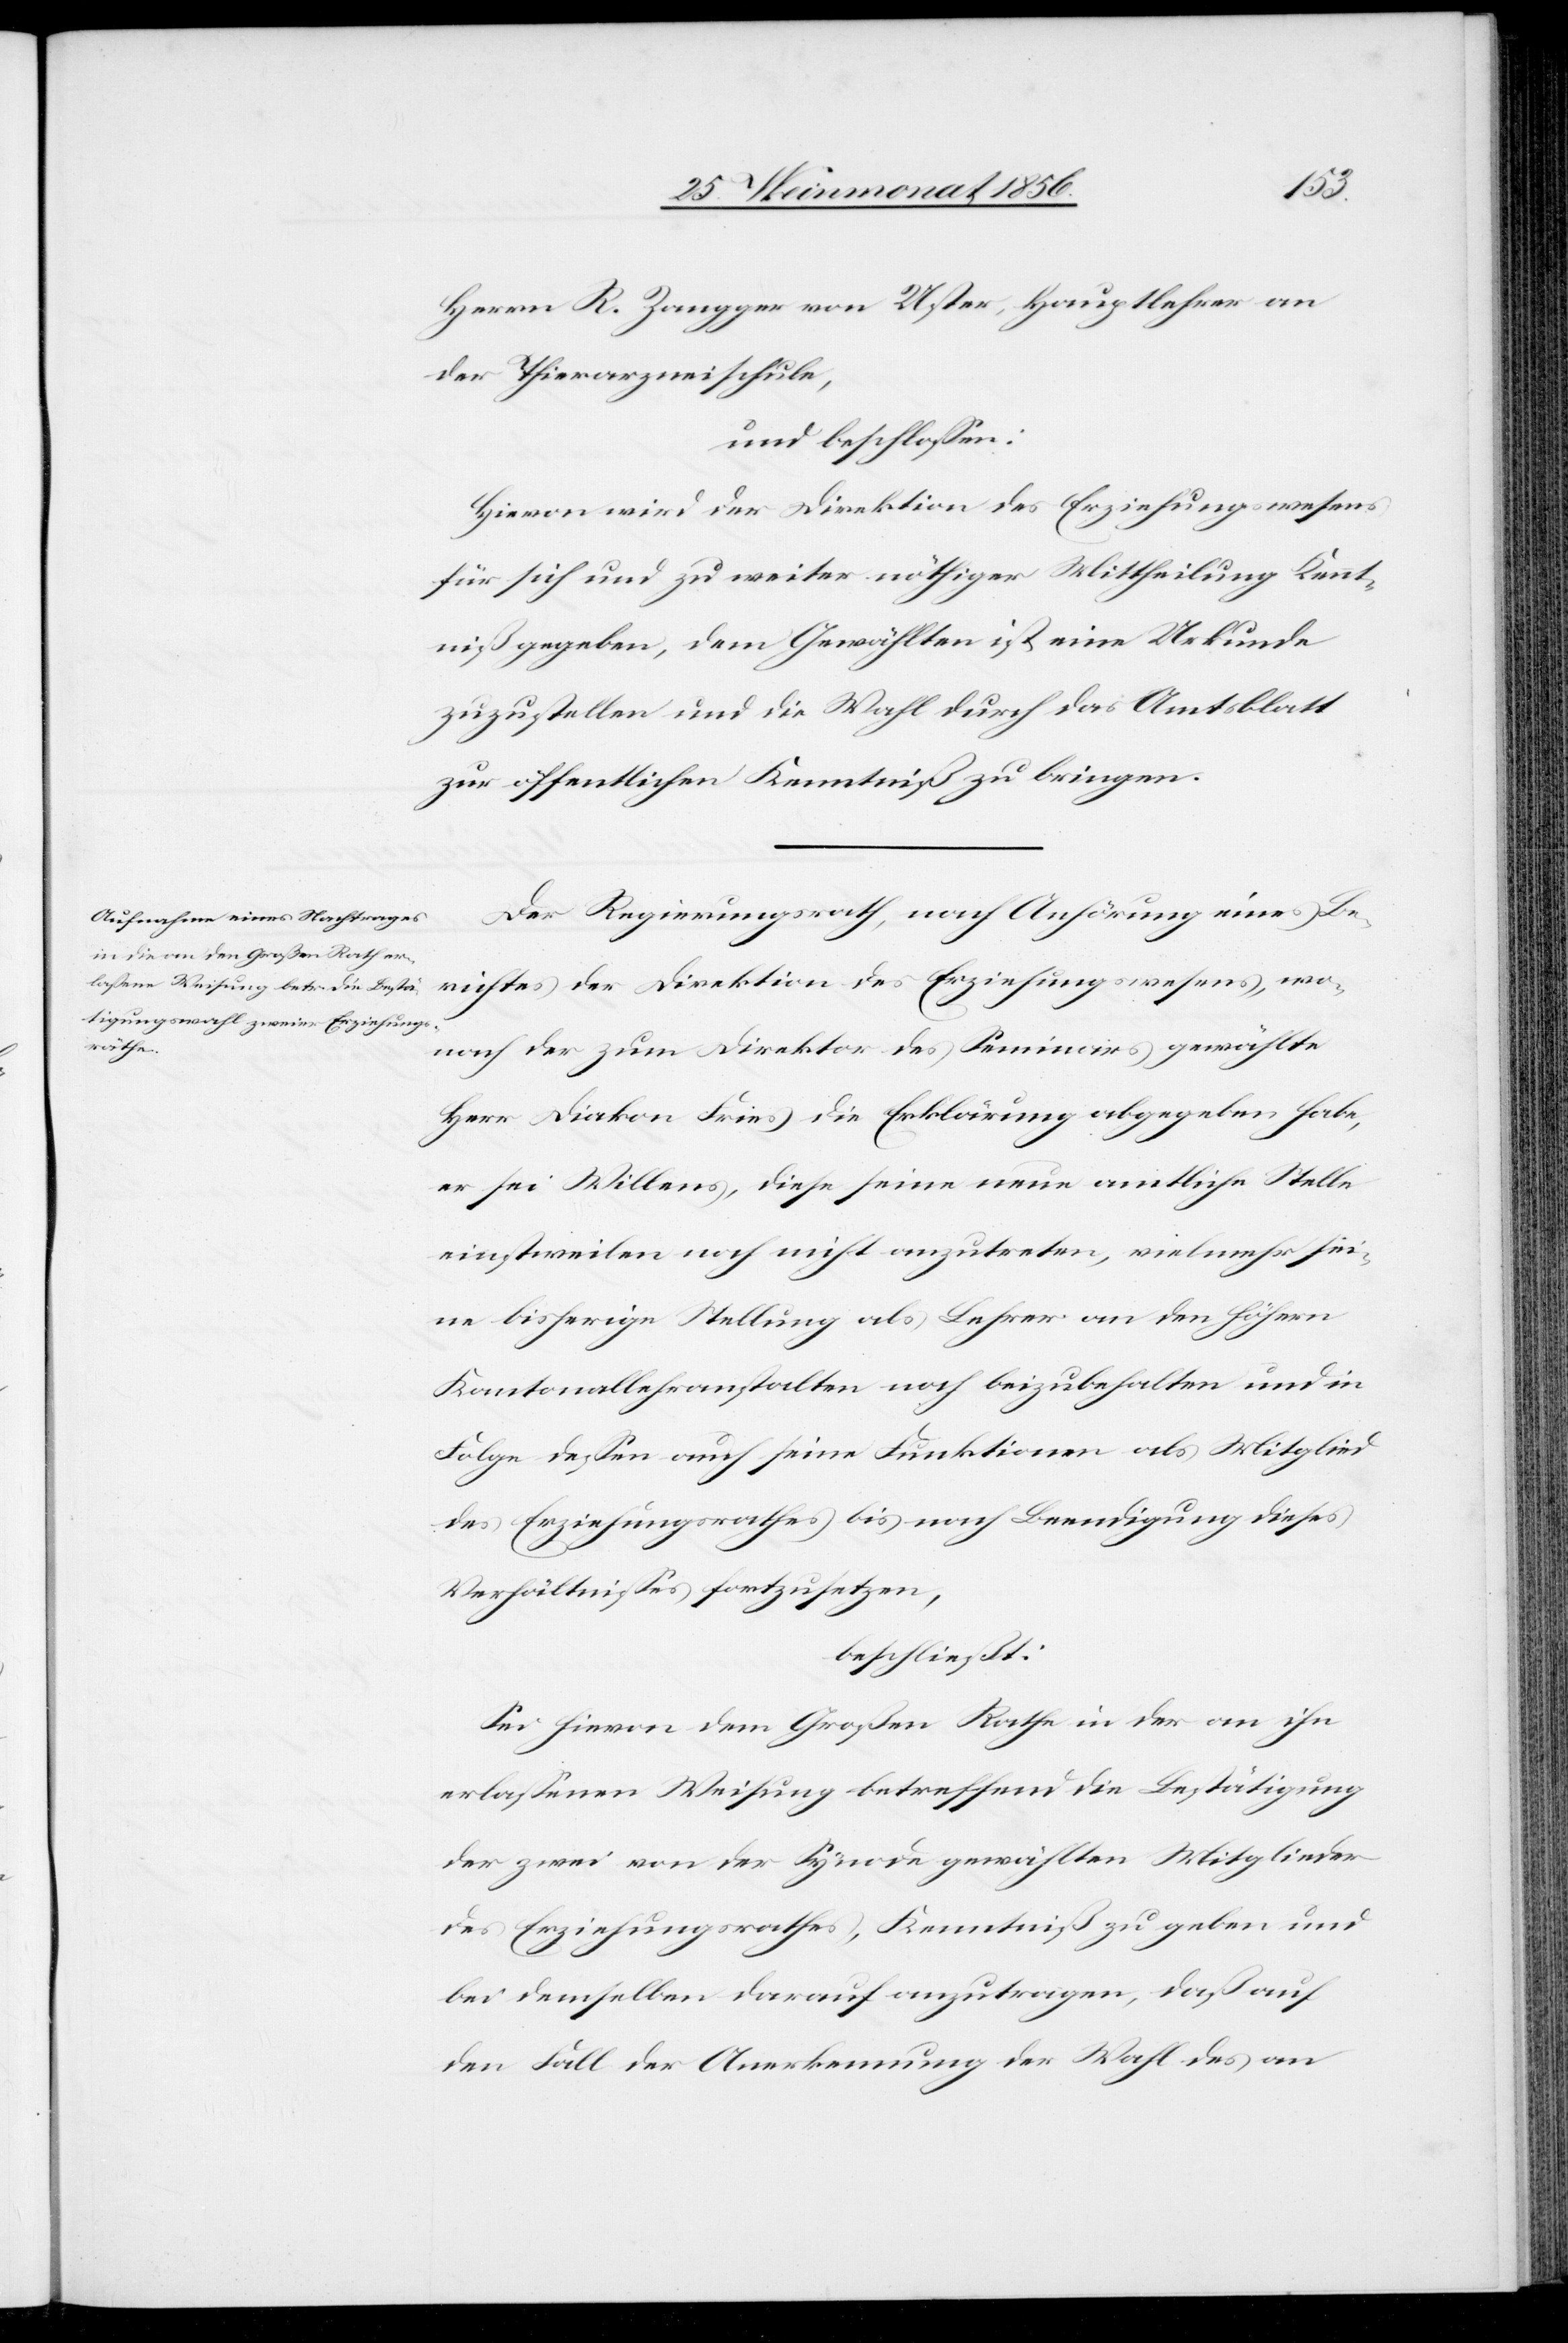
Herrn R. Zangger von Uster, Hauptlehrer an
der Thierarzneischule,
und beschlossen:
Hievon wird der Direktion des Erziehungswesens
für sich und zu weiter nöthiger Mittheilung Kennt¬
niß gegeben, dem Gewählten ist eine Urkunde
zuzustellen und die Wahl durch das Amtsblatt
zur öffentlichen Kenntniß zu bringen.
Der Regierungsrath, nach Anhörung eines Be¬
richtes der Direktion des Erziehungswesens, wo¬
nach der zum Direktor des Seminars gewählte
Herr Diakon Fries die Erklärung abgegeben habe,
er sei Willens, diese seine neue amtliche Stelle
einstweilen noch nicht anzutreten, vielmehr sei¬
ne bisherige Stellung als Lehrer an den höhern
Kantonallehranstalten noch beizubehalten und in
Folge dessen auch seine Funktionen als Mitglied
des Erziehungsrathes bis nach Beendigung dieses
Verhältnisses fortzusetzen,
beschließt:
Sei hievon dem Großen Rathe in der an ihn
erlassenen Weisung betreffend die Bestätigung
der zwei von der Synode gewählten Mitglieder
des Erziehungsrathes, Kenntniß zu geben und
bei demselben darauf anzutragen, daß auf
den Fall der Anerkennung der Wahl des an